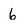
Character: 6